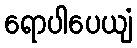
ရောပါပေယျံ